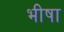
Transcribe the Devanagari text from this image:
भीषा